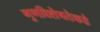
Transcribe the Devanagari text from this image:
गुणविशेषतेकडे